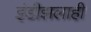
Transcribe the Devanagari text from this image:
इंडीझलाही